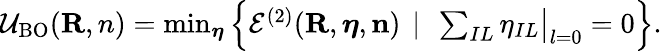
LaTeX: \begin{array}{r}{{\cal U}_{\mathrm{BO}}({\mathbf R,n})=\operatorname*{min}_{{\boldsymbol\eta}}\left\{ {\cal E}^{(2)}({\mathbf R},{\boldsymbol\eta},{\mathbf n})~\left\vert~\ \sum_{IL}\eta_{IL}\big\vert_{l=0}=0\right.\right\} .}\end{array}